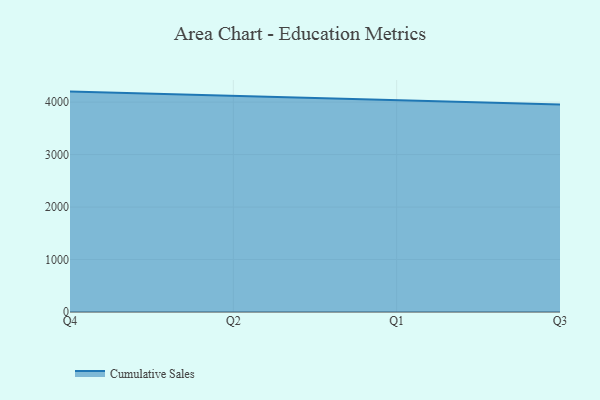
{"axis": {"x": "Quarter", "y": "Net Income (USD K)"}, "legend": ["Cumulative Sales"], "data": [{"x": "Q4", "y": 4200.2, "type": "Cumulative Sales"}, {"x": "Q2", "y": 4116.5, "type": "Cumulative Sales"}, {"x": "Q1", "y": 4033.5, "type": "Cumulative Sales"}, {"x": "Q3", "y": 3954.1, "type": "Cumulative Sales"}]}